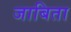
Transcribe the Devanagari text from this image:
जाबिता